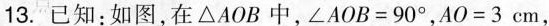
13.已知：如图，在\Delta AOB中，$$\angle AOB=90^ { \circ }$$，$$AO=3cm$$，